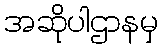
အဆိုပါဌာနမှ